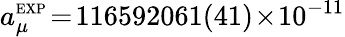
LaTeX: a_{\mu}^{\scriptscriptstyle\mathrm{EXP}}\! =\! 116592061(41)\! \times\! 10^{-11}